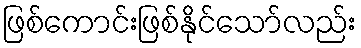
ဖြစ်ကောင်းဖြစ်နိုင်သော်လည်း